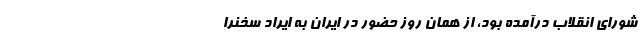
شورای انقلاب درآمده بود، از همان روز حضور در ایران به ایراد سخنرا